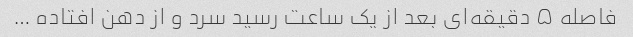
فاصله ۵ دقیقه‌ای بعد از یک ساعت رسید سرد و از دهن افتاده …